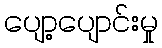
ပျော့ပျောင်းမှု